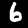
Digit: 6